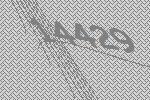
14429